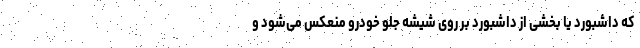
که داشبورد یا بخشی از داشبورد بر روی شیشه جلو خودرو منعکس می‌شود و